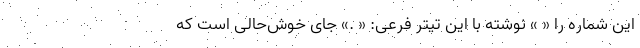
این شماره را « » نوشته با این تیتر فرعی: « .» جای خوش‌حالی است که